Source: Handwritten
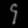
Digit: ၄ (4)